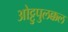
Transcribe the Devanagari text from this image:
ओट्टुपुलक्कल